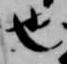
也